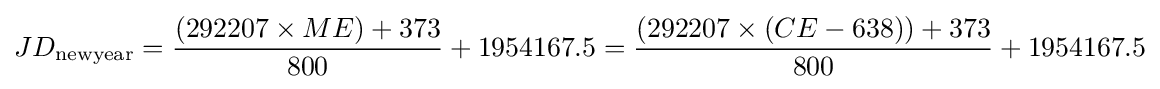
JD_{\mathrm {newyear} }={\frac {\left(292207\times ME\right)+373}{800}}+1954167.5={\frac {\left(292207\times \left(CE-638\right)\right)+373}{800}}+1954167.5